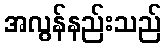
အလွန်နည်းသည်